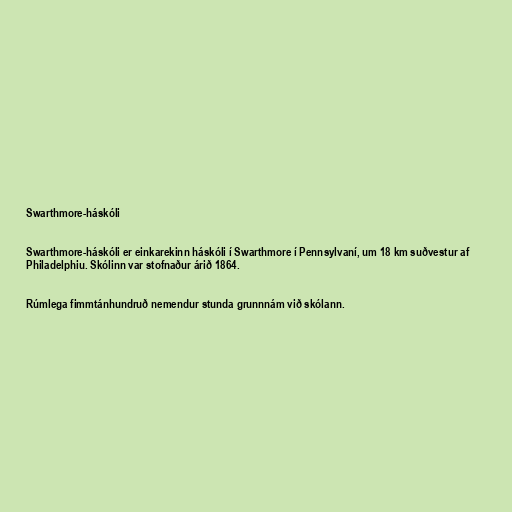
Swarthmore-háskóli

Swarthmore-háskóli er einkarekinn háskóli í Swarthmore í Pennsylvaní, um 18 km suðvestur af
Philadelphiu. Skólinn var stofnaður árið 1864.

Rúmlega fimmtánhundruð nemendur stunda grunnnám við skólann.